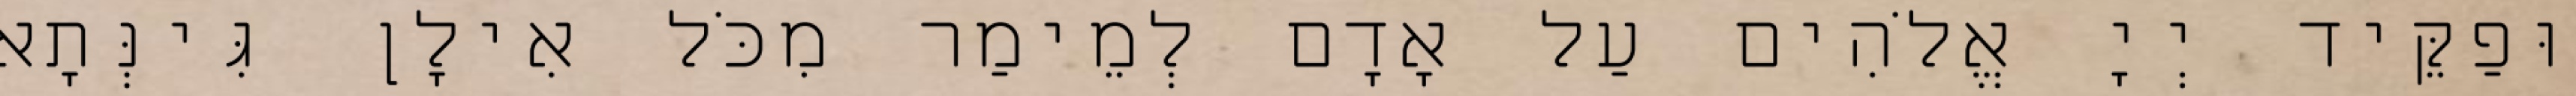
וּפַקֵּיד יְיָ אֱלֹהִים עַל אָדָם לְמֵימַר מִכֹּל אִילָן גִּינְּתָא